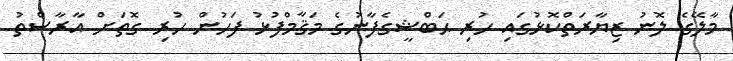
މާލޭގެ ލޮނު ޒިޔާރަތްކޮޅުގައި ހުރި ޙަބްޝީގެފާނުގެ މަޤާމްފުޅު ފަހުން ހުރި ގޮތަށް އާރާސްތު